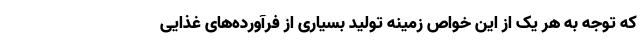
که توجه به هر یک از این خواص زمینه تولید بسیاری از فرآورده‌های غذایی